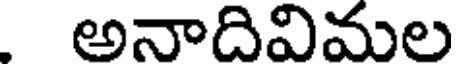
అనాదివిమల